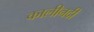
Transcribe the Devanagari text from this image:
कालीनदी